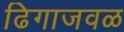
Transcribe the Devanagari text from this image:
ढिगाजवळ